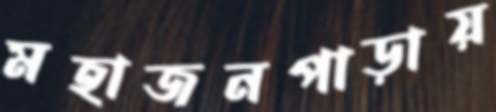
মহাজনপাড়ায়